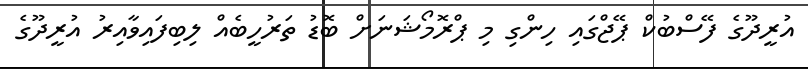
އުރީދޫގެ ފޭސްބުކް ޕޭޖްގައި ހިންގި މި ޕްރޮމޯޝަނަށް ބޮޑު ތަރުހީބެއް ލިބިފައިވާއިރު އުރީދޫގެ